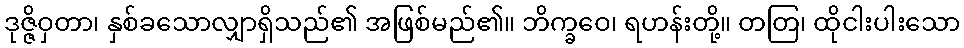
ဒုဇ္ဇိဝှတာ၊ နှစ်ခသောလျှာရှိသည်၏ အဖြစ်မည်၏။ ဘိက္ခဝေ၊ ရဟန်းတို့။ တတြ၊ ထိုငါးပါးသော